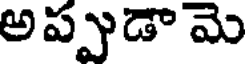
అప్పుడా మె